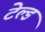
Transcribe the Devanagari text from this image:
टेल्ड